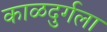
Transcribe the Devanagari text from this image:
काळदुर्गला